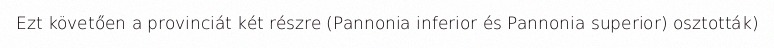
Ezt követően a provinciát két részre (Pannonia inferior és Pannonia superior) osztották)